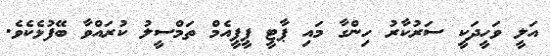
އަލީ ވަހީދަކީ ސަރުކާރު ހިންގާ މައި ޕާޓީ ޕީޕީއެމް ތަމްސީލު ކުރައްވާ ބޭފުޅެކެވެ.